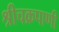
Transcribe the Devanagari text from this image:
श्रीचक्रपाणी